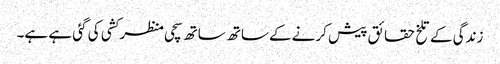
زندگی کے تلخ حقائق پیش کرنے کےساتھ ساتھ سچی منظر کشی کی گئی ہے ہے۔